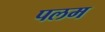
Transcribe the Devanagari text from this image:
पलम